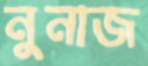
নুনাজ